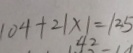
1 0 4 + 2 1 \times 1 = 1 2 5